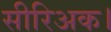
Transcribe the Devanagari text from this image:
सीरिअक।